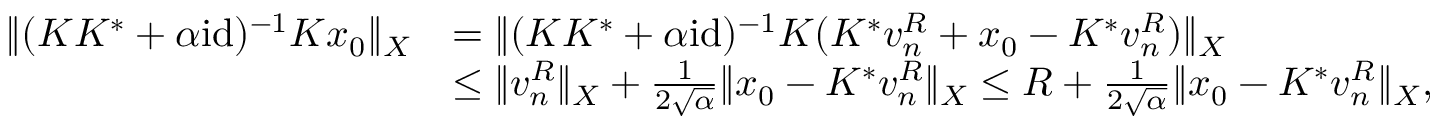
\begin{array} { r l } { \| ( K K ^ { * } + \alpha \mathrm { i d } ) ^ { - 1 } K x _ { 0 } \| _ { X } } & { = \| ( K K ^ { * } + \alpha \mathrm { i d } ) ^ { - 1 } K ( K ^ { * } v _ { n } ^ { R } + x _ { 0 } - K ^ { * } v _ { n } ^ { R } ) \| _ { X } } \\ & { \le \| v _ { n } ^ { R } \| _ { X } + \frac { 1 } { 2 \sqrt { \alpha } } \| x _ { 0 } - K ^ { * } v _ { n } ^ { R } \| _ { X } \le R + \frac { 1 } { 2 \sqrt { \alpha } } \| x _ { 0 } - K ^ { * } v _ { n } ^ { R } \| _ { X } , } \end{array}